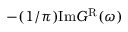
- ( 1 / \pi ) \mathrm { I m } G ^ { \mathrm { R } } ( \omega )